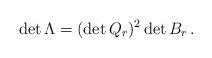
LaTeX: \begin{align*} \det \Lambda = (\det Q_r )^2 \det B_r\,.\end{align*}